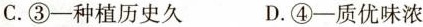
C.③一种植历史久 D.④-质优味浓